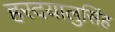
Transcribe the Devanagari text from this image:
हरदयालुसिंह